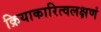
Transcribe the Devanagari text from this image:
क्रियाकारित्वलक्षणं